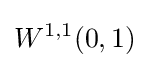
W^{1,1}(0,1)